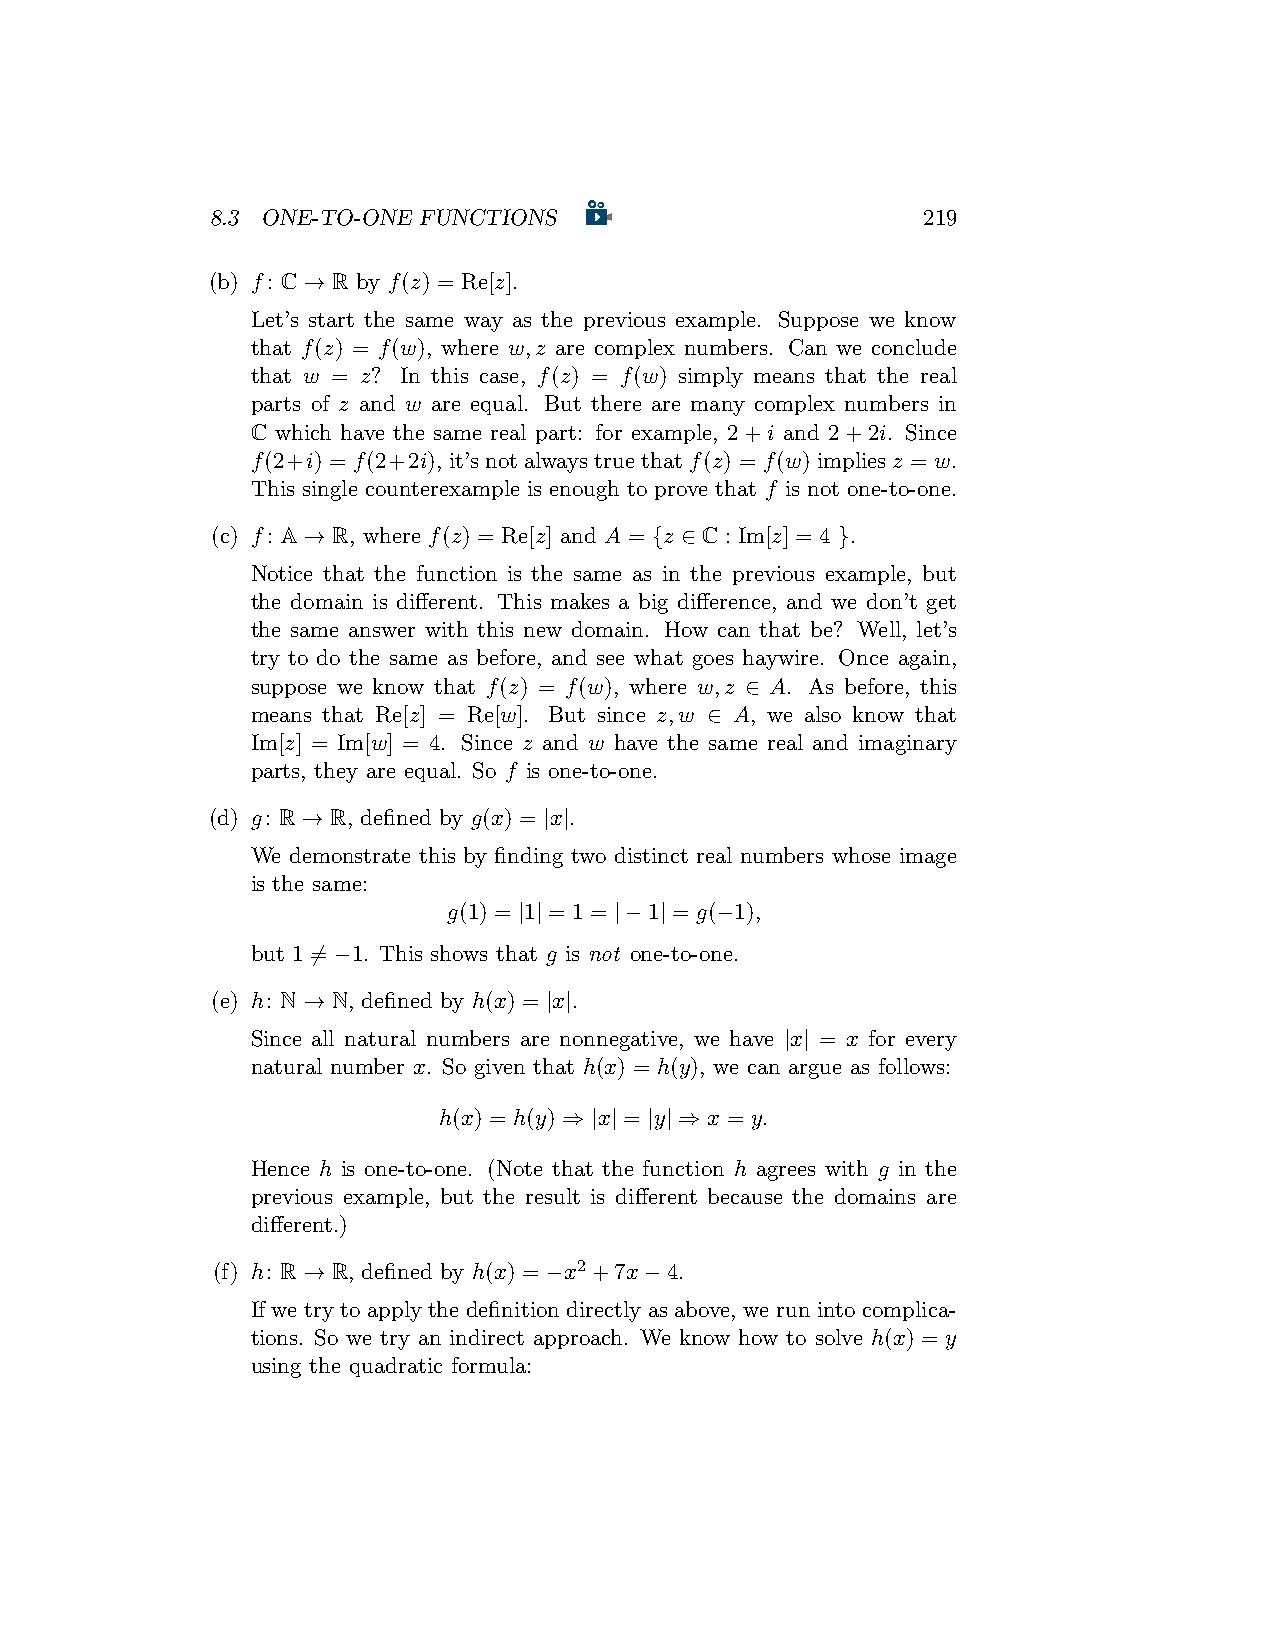
8.3 ONE-TO-ONE FUNCTIONS                       219
 (b) f: C → R by f(z) = Re[z].
 Let’s start the same way as the previous example. Suppose we know
 that f(z) = f(w), where w,z are complex numbers. Can we conclude
 that w = z? In this case, f(z) = f(w) simply means that the real
 parts of z and w are equal. But there are many complex numbers in
 C which have the same real part: for example, 2+i and 2+2i. Since
 f(2+i) = f(2+2i), it’snotalwaystruethatf(z) = f(w)impliesz = w.
 This single counterexample is enough to prove that f is not one-to-one.
 (c) f: A → R, where f(z) = Re[z] and A = {z ∈ C : Im[z] = 4 }.
 Notice that the function is the same as in the previous example, but
 the domain is different. This makes a big difference, and we don’t get
 the same answer with this new domain. How can that be? Well, let’s
 try to do the same as before, and see what goes haywire. Once again,
 suppose we know that f(z) = f(w), where w,z ∈ A. As before, this
 means that Re[z] = Re[w]. But since z,w ∈ A, we also know that
 Im[z] = Im[w] = 4. Since z and w have the same real and imaginary
 parts, they are equal. So f is one-to-one.
 (d) g: R → R, defined by g(x) = |x|.
 We demonstrate this by finding two distinct real numbers whose image
 is the same:
 g(1) = |1| = 1 = |−1| = g(−1),
 but 1 ̸= −1. This shows that g is not one-to-one.
 (e) h: N → N, defined by h(x) = |x|.
 Since all natural numbers are nonnegative, we have |x| = x for every
 natural number x. So given that h(x) = h(y), we can argue as follows:
 h(x) = h(y) ⇒ |x| = |y| ⇒ x = y.
 Hence h is one-to-one. (Note that the function h agrees with g in the
 previous example, but the result is different because the domains are
 different.)
 (f) h: R → R, defined by h(x) = −x2+7x−4.
 If we try to apply the definition directly as above, we run into complica-
 tions. So we try an indirect approach. We know how to solve h(x) = y
 using the quadratic formula: